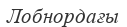
Лобнордағы